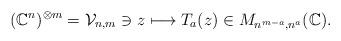
LaTeX: \begin{align*}({\Bbb C}^{n})^{\otimes m}={\cal V}_{n,m}\ni z\longmapsto T_a(z)\in M_{n^{m-a},n^{a}}({\Bbb C}).\end{align*}